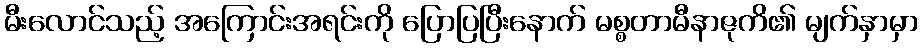
မီးလောင်သည့် အကြောင်းအရင်းကို ပြောပြပြီးနောက် မစ္စတာမီနာဇုကိ၏ မျက်နှာမှာ